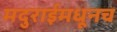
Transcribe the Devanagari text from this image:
मदुराईमधूनच